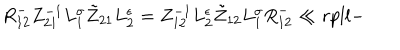
{ R } _ { 1 2 } ^ { - } Z _ { 2 1 } ^ { - 1 } L _ { 1 } ^ { \sigma } \tilde { Z } _ { 2 1 } L _ { 2 } ^ { \epsilon } = Z _ { 1 2 } ^ { - 1 } L _ { 2 } ^ { \epsilon } \tilde { Z } _ { 1 2 } L _ { 1 } ^ { \sigma } { R } _ { 1 2 } ^ { - } \ll { r p l l - }